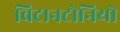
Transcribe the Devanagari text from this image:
विटानटोनियो